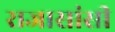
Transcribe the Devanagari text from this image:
राजासांसी